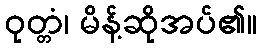
ဝုတ္တံ၊ မိန့်ဆိုအပ်၏။